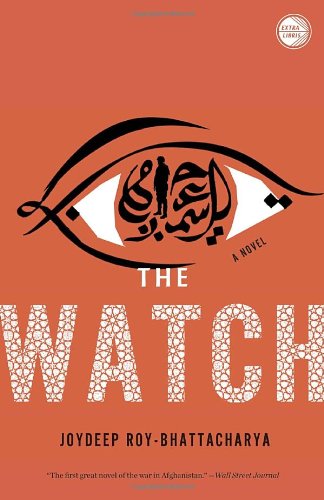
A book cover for The Watch: A Novel; Joydeep Roy-Bhattacharya; Literature & Fiction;